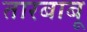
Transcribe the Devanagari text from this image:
तारबाबू